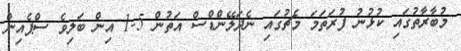
މުބާރާތުގައި ކުޅުނު ފުރަތަމަ މެޗުގައި ނެދަލޭންޑްސް އަތުން 5-1 އިން ބަލިވެ ސްޕެއިން